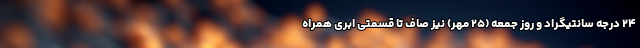
۲۴ درجه سانتیگراد و روز جمعه (۲۵ مهر) نیز صاف تا قسمتی ابری همراه